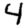
Digit: 4